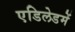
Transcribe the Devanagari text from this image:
एडिलेडमें